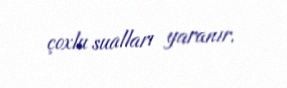
çoxlu sualları yaranır.